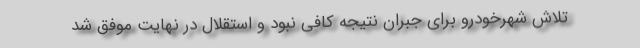
تلاش شهرخودرو برای جبران نتیجه کافی نبود و استقلال در نهایت موفق شد